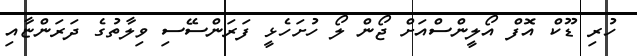
ހުރި ޑޫކް އޮފް އޯލީންސްއަށް ޖޯން ލޯ ހުށަހެޅީ ފަރަންސޭސި ވިލާތުގެ ދަރަންޏާއި